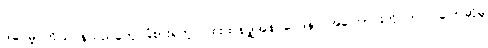
ဒါပေမဲ့ ကိုယ်ဝန်သည်တွေ ခံစားရတဲ့ ပြင်းထန်ပျို့အန် ဝေဒနာ အကြောင်းကို တင်ပြပြောဆိုမှု